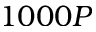
1 0 0 0 P